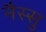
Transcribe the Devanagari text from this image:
नैस्सु